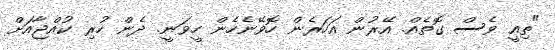
"ތިއީ ވެސް ގޮތެއް. އޭރުން އަހަރެން ހޮވޭނެހެން ހީވަނީ. ދެން ހުރި ކުއްޖާއަށް